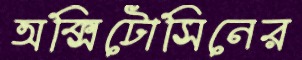
অক্সিটোসিনের